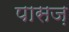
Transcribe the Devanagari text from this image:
पासज़